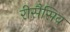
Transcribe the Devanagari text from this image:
रीसैसिव